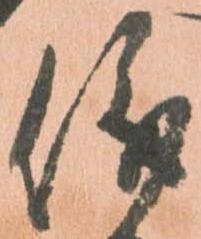
儀